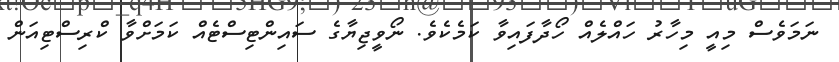
ނަމަވެސް މިއީ މިހާރު ހައްލެއް ހޯދާފައިވާ ކަމެކެވެ. ނޯވީޖިޔާގެ ސައިންޓިސްޓެއް ކަމަށްވާ ކްރިސްޓިއަން